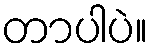
တာပါပဲ။